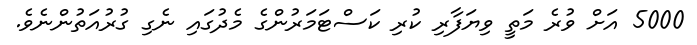
5000 އަށް ވުރެ މަތީ ވިޔަފާރި ކުރި ކަސްޓަމަރުންގެ މެދުގައި ނެގި ގުރުއަތުންނެވެ.